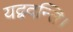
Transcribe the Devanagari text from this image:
यद्वदन्ति।